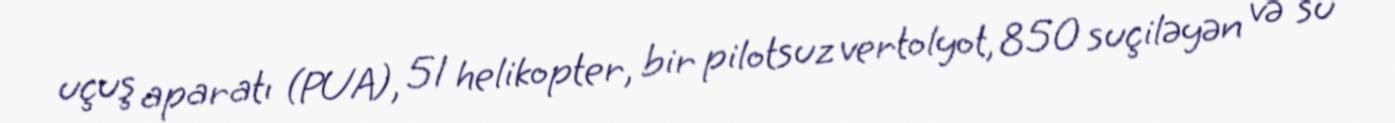
uçuş aparatı (PUA), 51 helikopter, bir pilotsuz vertolyot, 850 suçiləyən və su